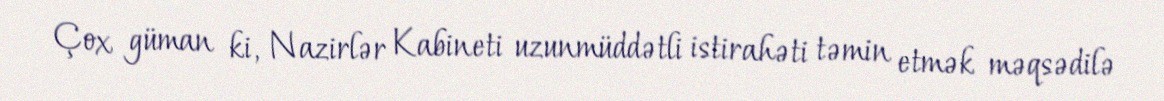
Çox güman ki, Nazirlər Kabineti uzunmüddətli istirahəti təmin etmək məqsədilə